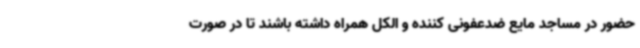
حضور در مساجد مایع ضدعفونی کننده و الکل همراه داشته باشند تا در صورت